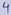
Text: 4